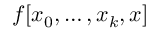
f [ x _ { 0 } , \ldots , x _ { k } , x ]